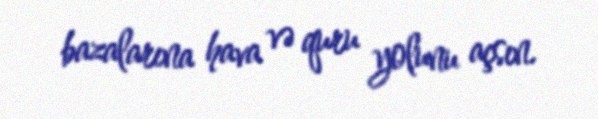
bazalarına hava və quru yolunu açsın.